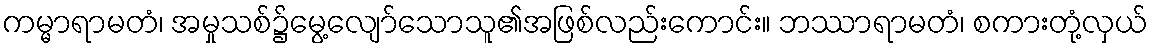
ကမ္မာရာမတံ၊ အမှုသစ်၌မွေ့လျော်သောသူ၏အဖြစ်လည်းကောင်း။ ဘဿာရာမတံ၊ စကားတုံ့လှယ်